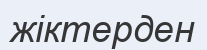
жіктерден